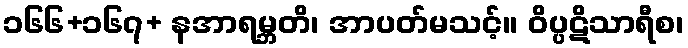
၁၆၆+၁၆၇+ နအာရမ္ဘတိ၊ အာပတ်မသင့်။ ဝိပ္ပဋိသာရီစ၊